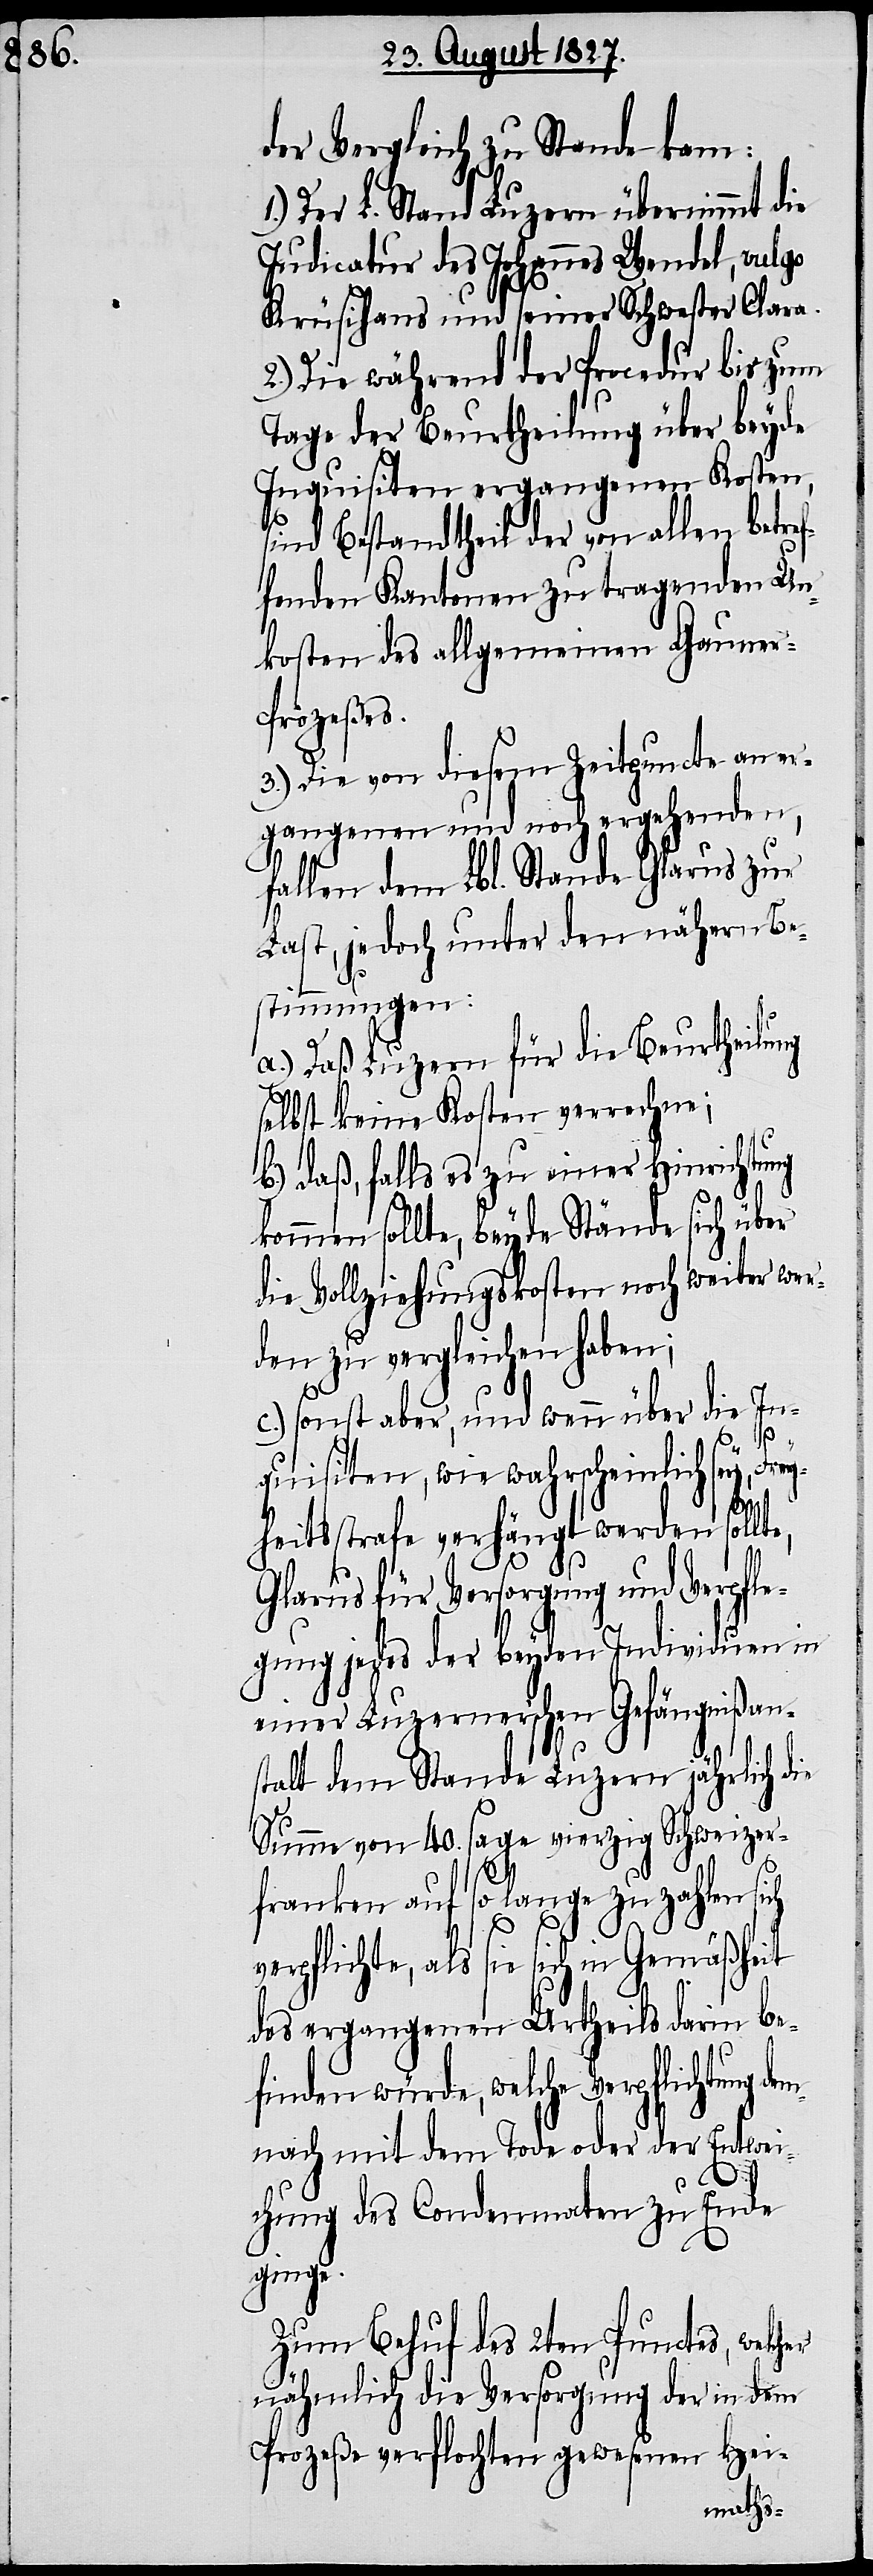
der Vergleich zu Stande kam:
1.) Der L. Stand Luzern übernimmt die
Judicatur des Johannes Wendel, vulgo
Krüsihans und seiner Schwester Clara.
2.) Die während der Procedur bis zum
Tage der Beurtheilung über beyde
Inquisiten ergangenen Kosten,
sind Bestandtheil der von allen betre¬
fenden Kantonen zu tragenden Un¬
kosten des allgemeinen Gauner-P¬
rozeßes.
3.) Die von diesem Zeitpuncte an er¬
gangenen und noch ergehenden,
fallen dem Lbl. Stande Glarus zur
Last, jedoch unter den nähern Be¬
stimmungen:
a.) Daß Luzern für die Beurtheilung
selbst keine Kosten verrechne;
b.) daß, falls es zu einer Hinrichtung
kommen sollte, beyde Stände sich über
die Vollziehungskosten noch weiter wer¬
den zu vergleichen haben;
c.) sonst aber, und wenn über die In¬
quisiten, wie wahrscheinlich sey, Frey¬
heitsstrafe verhängt werden sollt¬
Glarus für Versorgung und Verpfle¬
gung jedes der beyden Individuen in
einer Luzerner’schen Gefängnißans¬
talt dem Stande Luzern jährlich die
Summe von 40. sage vierzig Schweizer¬
franken auf so lange zu zahlen sich
als sie sich in Gemäßheit
des ergangenen Urtheils darin be¬
finden würde, welche Verpflichtung
mnach mit dem Tode oder der Entwei¬
de¬
chung des Condemnaten zu Ende
ginge.
Zum Behuf des 2ten Punctes, welcher
nämlich die Versorgung der in dem
Prozeße verflochten gewesenen Hei-